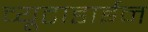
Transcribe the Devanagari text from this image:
व्यूटाडाईन